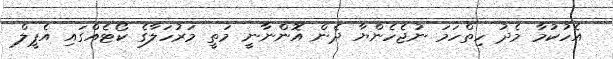
އެހުކުމާ މެދު ހިތްހަމަ ނުޖެހެންޔާ ދެން އޮންނާނީ މަތީ މަރުހަަލާގެ ކޯޓެއްގައި އެޕީލް